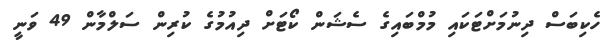
ހެކިބަސް ދިނުމަށްޓަކައި މުމްބައިގެ ސެޝަން ކޯޓަށް ދިއުމުގެ ކުރިން ސަލްމާން 49 ވަނީ